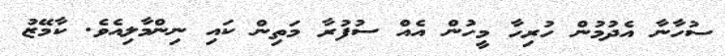
ސުހާނާ އެދުމުން ހުރިހާ މީހުން އެއް ސުފުރާ މަތިން ކައި ނިންމާލިއެވެ. ކާމޭޒު